Indian journal of veterinary science and animal husbandry - Volume 10,
Year: 1940
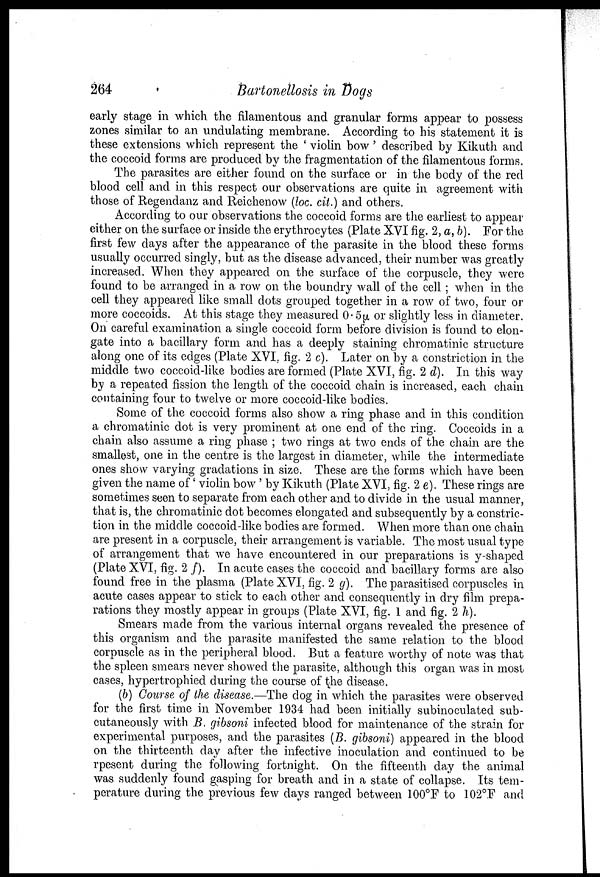
264
Bartonellosis in Dogs
early stage in which the filamentous and granular forms appear to possess
zones similar to an undulating membrane. According to his statement it is
these extensions which represent the ' violin bow ' described by Kikuth and
the coccoid forms are produced by the fragmentation of the filamentous forms.
The parasites are either found on the surface or in the body of the red
blood cell and in this respect our observations are quite in agreement with
those of Regendanz and Reichenow (loc. cit.) and others.
According to our observations the coccoid forms are the earliest to appear
either on the surface or inside the erythrocytes (Plate XVI fig. 2, a, b). For the
first few days after the appearance of the parasite in the blood these forms
usually occurred singly, but as the disease advanced, their number was greatly
increased. When they appeared on the surface of the corpuscle, they were
found to be arranged in a row on the boundry wall of the cell ; when in the
cell they appeared like small dots grouped together in a row of two, four or
more coccoids. At this stage they measured 0.5µ or slightly less in diameter.
On careful examination a single coccoid form before division is found to elon-
gate into a bacillary form and has a deeply staining chromatinic structure
along one of its edges (Plate XVI, fig. 2 c). Later on by a constriction in the
middle two coccoid-like bodies are formed (Plate XVI, fig. 2 d). In this way
by a repeated fission the length of the coccoid chain is increased, each chain
containing four to twelve or more coccoid-like bodies.
Some of the coccoid forms also show a ring phase and in this condition
a chromatinic dot is very prominent at one end of the ring. Coccoids in a
chain also assume a ring phase ; two rings at two ends of the chain are the
smallest, one in the centre is the largest in diameter, while the intermediate
ones show varying gradations in size. These are the forms which have been
given the name of ' violin bow ' by Kikuth (Plate XVI, fig. 2 e). These rings are
sometimes seen to separate from each other and to divide in the usual manner,
that is, the chromatinic dot becomes elongated and subsequently by a constric-
tion in the middle coccoid-like bodies are formed. When more than one chain
are present in a corpuscle, their arrangement is variable. The most usual type
of arrangement that we have encountered in our preparations is y-shaped
(Plate XVI, fig. 2 f). In acute cases the coccoid and bacillary forms are also
found free in the plasma (Plate XVI, fig. 2 g). The parasitised corpuscles in
acute cases appear to stick to each other and consequently in dry film prepa-
rations they mostly appear in groups (Plate XVI, fig. 1 and fig. 2 h).
Smears made from the various internal organs revealed the presence of
this organism and the parasite manifested the same relation to the blood
corpuscle as in the peripheral blood. But a feature worthy of note was that
the spleen smears never showed the parasite, although this organ was in most
cases, hypertrophied during the course of the disease.
(b) Course of the disease.—The dog in which the parasites were observed
for the first time in November 1934 had been initially subinoculated sub-
cutaneously with B. gibsoni infected blood for maintenance of the strain for
experimental purposes, and the parasites (B. gibsoni) appeared in the blood
on the thirteenth day after the infective inoculation and continued to be
rpesent during the following fortnight. On the fifteenth day the animal
was suddenly found gasping for breath and in a state of collapse. Its tem-
perature during the previous few days ranged between 100°F to 102°F and